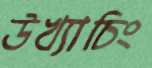
উখ্যাচিং